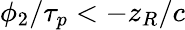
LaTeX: \phi_{2}/\tau_{p}<-z_{R}/c